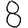
Digit: 8